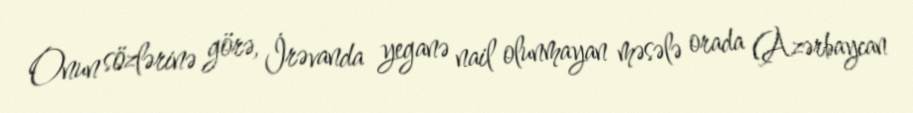
Onun sözlərinə görə, İrəvanda yeganə nail olunmayan məsələ orada (Azərbaycan